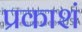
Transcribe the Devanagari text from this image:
प्रकाशं